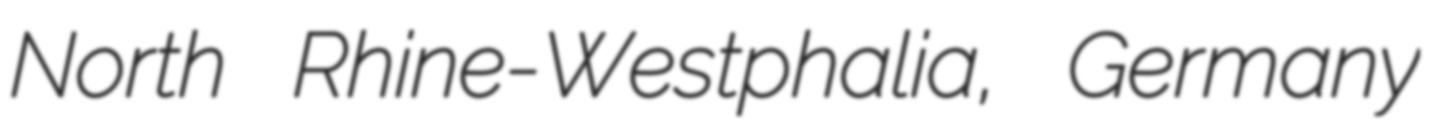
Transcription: North Rhine-Westphalia, Germany